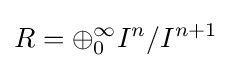
R=\oplus _{0}^{\infty }I^{n}/I^{n+1}